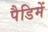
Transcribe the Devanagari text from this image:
पैडिमें